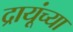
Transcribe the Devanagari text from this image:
द्रायूंच्या